Vaccination United Provinces of Agra and Oudh 1923-1928 - 1923-1928
Year: 1923
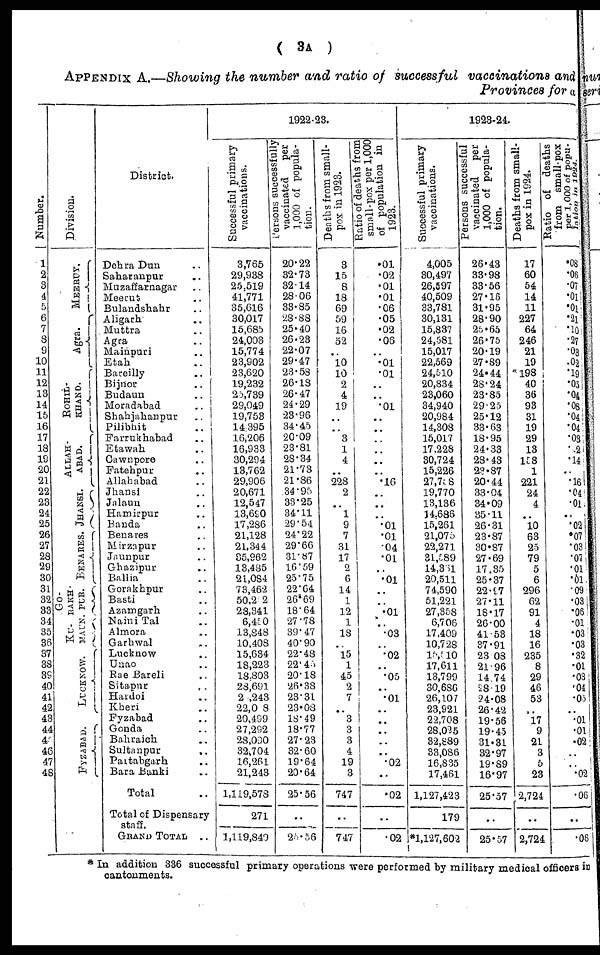
( 3A )
APPENDIX A.—Showing the number and ratio of successful vaccinations and
Provinces for a
Number.
1
2
3
4
5
6
7
8
9
10
11
12
13
14
15
16
17
18
19
20
21
22
23
24
25
26
27
28
29
30
31
32
33
34
35
36
37
38
39
40
41
42
43
44
45
46
47
48
Division.
MEERUT.
Agra.
ROHIL¬
KHAND.
ALLAH-
ABAD.
JHANSI.
BENARES.
Go¬
RAKH¬
PUR.
KU¬
MAUN.
L UCKNOW.
F YZ ABAD.
District.
Dehra Dun ..
Saharanpur ..
Muzaffarnagar ..
Meerut ..
Bulandshahr ..
Aligarh ..
Muttra ..
Agra ..
Mainpuri ..
Etah ..
Bareilly ..
Bijnor ..
Budaun ..
Moradabad ..
Shahjahanpur ..
Pilibhit ..
Farrukhabad ..
Etawah ..
Cawnpore ..
Fatehpur ..
Allahabad ..
Jhansi ..
Jalaun ..
Hamirpur ..
Banda ..
Benares ..
Mirzapur ..
Jaunpur ..
Ghazipur ..
Ballia ..
Gorakhpur ..
Basti ..
Azamgarh ..
Nairn Tal ..
Almora ..
Garhwal ..
Lucknow ..
Unao ..
Rae Bareli ..
Sitapur ..
Hardoi ..
Kheri ..
Fyzabad ..
Gonda ..
Bahraich ..
Sultanpur ..
Partabgarh ..
Bara Banki ..
Total ..
Total of Dispensary
staff.
GRAND TOTAL ..
1922-23.
Successful primary
vaccinations.
3,765
29,938
25,519
41,771
35,616
30,017
15,685
24,003
15,774
23,902
23,620
19,232
25,789
29,049
19,753
14,395
16,206
16,933
30,294
13,762
29,906
20,671
12,547
13,690
17,286
21,128
21,344
35,962
13,485
21,084
73,462
50,202
28,341
6,450
13,848
10,408
15,634
18,223
18,803
28,691
2 ,243
22,008
20,499
27,292
28,090
32,704
16,261
21,243
1,119,578
271
1,119,849
Persons successfully
vaccinated
per
1,000 of popula-
tion.
20.22
32.73
32.14
28.06
33.85
28.88
25.40
26.23
22.07
29.47
23.58
26.18
26.47
24.29
23.96
34.45
20.09
23.81
28.34
21.73
21.86
34.95
33.25
34.11
29.54
24.22
29.66
31.87
16.59
25.75
22.64
26.69
18.64
27.78
39.47
40.90
22.48
22.45
20.18
26.38
23.31
23.08
18.49
18.77
27.23
32.60
19.64
20.64
25.56
..
25.56
Deaths from small-
pox in 1923.
3
15
8
18
69
59
16
52
.. 10
10
2
4
19
..
..
3
1
4
..
228
2
..
1
9
7
31
17
2
6
14
1
12
1
18
..
15
1
45
2
7
.. 3
3
3
4
19
3
747
..
747
Ratio of deaths from
small-pox per 1,000
of population in
1923.
.01
.02
.01
.01
.06
.05
.02
.06
..
.01
.01
.. ..
.01
..
..
..
..
..
.. .16
..
..
..
.01
.01
.04
.01
..
.01
..
..
.01
.. .03
.. .02
.. .05
..
.01
..
..
..
..
.. .02
..
.02
..
.02
1923-24.
Successful primary
vaccinations.
4,005
30,497
26,597
40,509
33,781
30,131
15,837
24,581
15,017
22,569
24,510
20,834
23,060
34,940
20,984
14,308
15,017
17,228
30,724
15,226
27,758
19,770
13,136
14,686
15,261
21,075
22,271
31,589
14,361
20,511
74,590
51,221
27,358
6,706
17,409
10,728
15,010
17,611
13,799
30,686
26,107
23,921
22,708
28,025
32,889
33,086
16,835
17,461
1,127,423
179
*1,127,602
Persons successful
vaccinated
per
1,000 of popula-
tion.
26.43
33.98
33.56
27.16
31.95
28.90
25.65
26.75
20.19
27.89
24.44
28.24
23.85
29.25
25.12
33.63
18.95
24.33
28.43
23.87
20.44
33.04
34.09
35.11
26.31
23.87
30.87
27.69
17.35
25.37
22.97
27.11
18.17
26.00
41.53
37.91
23.08
21.96
14.74
58.19
24.08
26.42
19.56
19.45
31.31
32.97
19.89
16.97
25.57
..
25.57
Deaths from small-
pox in 1924.
17
60
54
14
11
227
64
246
21
19
198
40
36
93
31
19
29
13
158
1
221
24
4
..
10
63
25
79
5
6
296
62
91
4
18
16
235
8
29
46
53
..
17
9
21
3
5
23
2,724
..
2,724
Ratio of deaths
from small-pox
per 1,000 of popu¬
lation in
1024.
.08
.06
.07
.01
.01
.21
.10
.27
.03
.02
.19
.05
.04
.08
.04
.04
.03
.2
.14
.. .16
.04
.01
.. .02
.07
.03
.07
.01
.01
.09
.03
.06
.01
.03
.03
.32
.01
.03
.04
.05
.. .01
.01
.02
..
..
.02
.06
..
.06
* In addition 336 successful primary operations were performed by military medical officers in
cantonments.